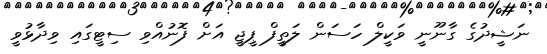
ނަޝީދުގެ ގާނޫނީ ވަކީލް ހަސަން ލަތީފް ޕީޖީ އަށް ފޮނުއްވި ސިޓީގައި ވިދާޅުވީ